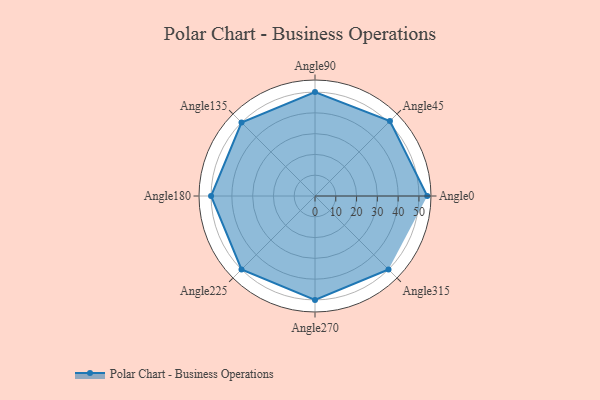
{"axis": {"x": "Angle", "y": "Radius"}, "legend": [""], "data": [{"x": "Angle0", "y": 54.0, "type": ""}, {"x": "Angle45", "y": 51.0, "type": ""}, {"x": "Angle90", "y": 50, "type": ""}, {"x": "Angle135", "y": 50, "type": ""}, {"x": "Angle180", "y": 50, "type": ""}, {"x": "Angle225", "y": 50, "type": ""}, {"x": "Angle270", "y": 50, "type": ""}, {"x": "Angle315", "y": 50.0, "type": ""}]}